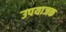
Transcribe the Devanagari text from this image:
उपयाजक